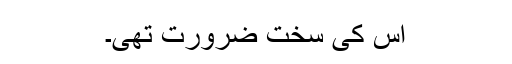
اس کی سخت ضرورت تھی۔